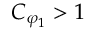
C _ { \varphi _ { 1 } } > 1